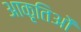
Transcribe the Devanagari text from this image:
आकृतिओं